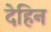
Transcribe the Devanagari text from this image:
देहिन